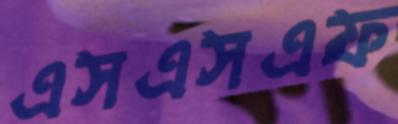
এসএসএফ